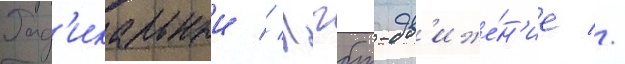
Рад'икальныи // Лгбт-дв'иже́н'ие //